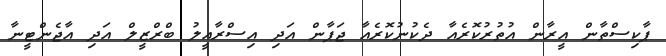
ޕާކިސްތާން އީރާން އުތުރުކޮރެއާ ދެކުނުކޮރެއާ ޖަޕާން އަދި އިސްރާއީލު ބްރްޒީލް އަދި އާޖެންޓީނާ